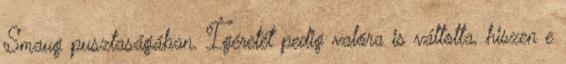
Smaug pusztaságában. Ígéretét pedig valóra is váltotta, hiszen e